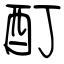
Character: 酊